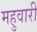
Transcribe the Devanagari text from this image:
महुवारी